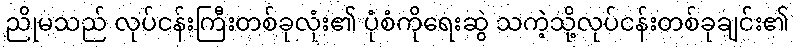
ညိုမသည် လုပ်ငန်းကြီးတစ်ခုလုံး၏ ပုံစံကိုရေးဆွဲ သကဲ့သို့လုပ်ငန်းတစ်ခုချင်း၏